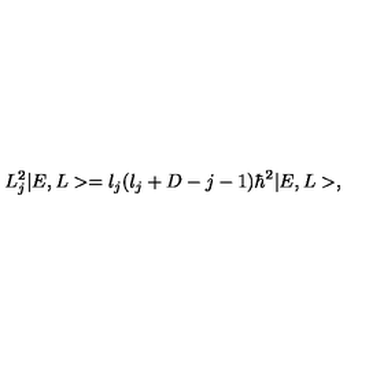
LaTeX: L _ { j } ^ { 2 } | E , L > = l _ { j } ( l _ { j } + D - j - 1 ) \hbar ^ { 2 } | E , L > ,